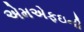
એમએફઇની